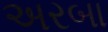
અરબા